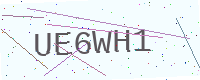
Text: UE6WH1